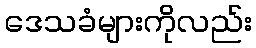
ဒေသခံများကိုလည်း